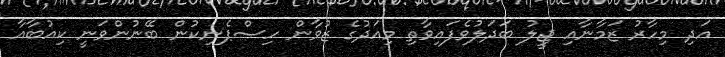
އަދި މިހާރު ޒަމާނާއި ޖީލު ބަދަލުވެފައިވާތި މިއަދުގެ ޒުވާން ހިސްޕެނިކުން ބޭނުންވަނީ ކިއުބާއާ